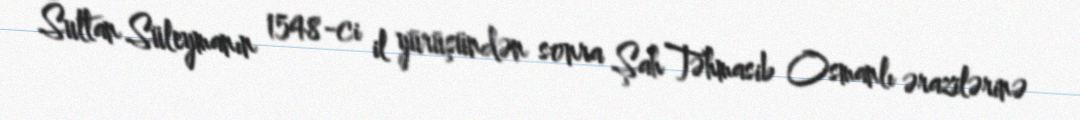
Sultan Süleymanın 1548-ci il yürüşündən sonra Şah Təhmasib Osmanlı ərazilərinə